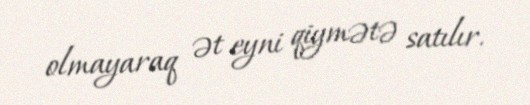
olmayaraq ət eyni qiymətə satılır.